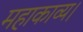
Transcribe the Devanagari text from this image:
महाकाव्य।